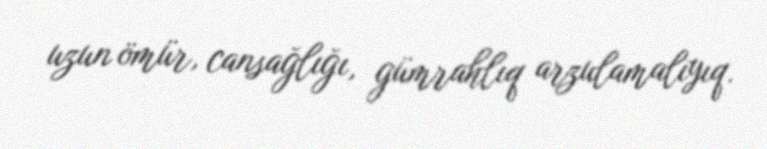
uzun ömür, cansağlığı, gümrahlıq arzulamalıyıq.